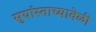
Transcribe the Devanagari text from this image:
सुर्यास्ताच्यावेळी